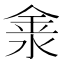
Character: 淾